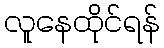
လူနေထိုင်ရန်